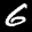
Label: 6